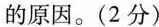
的原因。(2分)